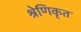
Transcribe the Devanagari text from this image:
श्रेणिकृत